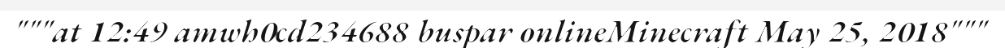
"""at 12:49 amwh0cd234688 buspar onlineMinecraft May 25, 2018"""